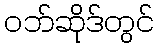
ဝဘ်ဆိုဒ်တွင်